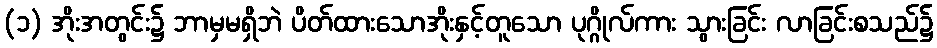
(၁) အိုးအတွင်း၌ ဘာမှမရှိဘဲ ပိတ်ထားသောအိုးနှင့်တူသော ပုဂ္ဂိုလ်ကား သွားခြင်း လာခြင်းစသည်၌